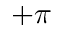
+ \pi